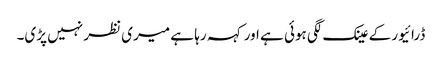
ڈرائیور کے عینک لگی ہوئی ہے اور کہہ رہا ہے میری نظر نہیں پڑی۔